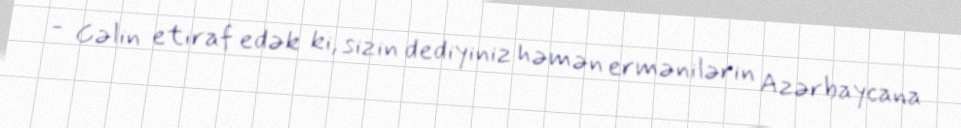
- Gəlin etiraf edək ki, sizin dediyiniz həmən ermənilərin Azərbaycana